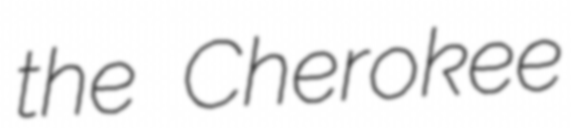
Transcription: the Cherokee